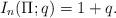
LaTeX: \begin{align*}I_n(\Pi;q)=1+q.\end{align*}